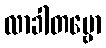
လာခါတမ္ဗော